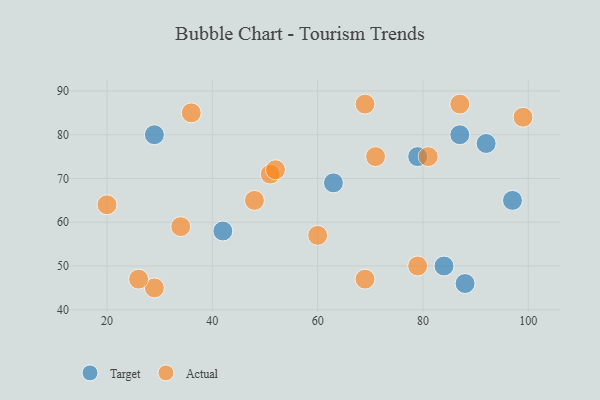
{"axis": {"x": "GDP", "y": "Life Expectancy"}, "legend": ["Actual", "Target"], "data": [{"x": "92", "y": 78, "type": "Target"}, {"x": "79", "y": 75, "type": "Target"}, {"x": "29", "y": 80, "type": "Target"}, {"x": "97", "y": 65, "type": "Target"}, {"x": "88", "y": 46, "type": "Target"}, {"x": "63", "y": 69, "type": "Target"}, {"x": "87", "y": 80, "type": "Target"}, {"x": "42", "y": 58, "type": "Target"}, {"x": "84", "y": 50, "type": "Target"}, {"x": "34", "y": 59, "type": "Actual"}, {"x": "79", "y": 50, "type": "Actual"}, {"x": "29", "y": 45, "type": "Actual"}, {"x": "20", "y": 64, "type": "Actual"}, {"x": "69", "y": 87, "type": "Actual"}, {"x": "87", "y": 87, "type": "Actual"}, {"x": "69", "y": 47, "type": "Actual"}, {"x": "60", "y": 57, "type": "Actual"}, {"x": "48", "y": 65, "type": "Actual"}, {"x": "51", "y": 71, "type": "Actual"}, {"x": "26", "y": 47, "type": "Actual"}, {"x": "81", "y": 75, "type": "Actual"}, {"x": "52", "y": 72, "type": "Actual"}, {"x": "99", "y": 84, "type": "Actual"}, {"x": "36", "y": 85, "type": "Actual"}, {"x": "71", "y": 75, "type": "Actual"}]}